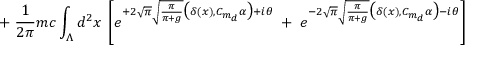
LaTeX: \; + \; \frac { 1 } { 2 \pi } m c \int _ { \Lambda } d ^ { 2 } x \; \left[ e ^ { + 2 \sqrt { \pi } \sqrt { \frac { \pi } { \pi + g } } \big ( \delta ( x ) , C _ { m _ { d } } \alpha \big ) + i \theta } \; + \; e ^ { - 2 \sqrt { \pi } \sqrt { \frac { \pi } { \pi + g } } \big ( \delta ( x ) , C _ { m _ { d } } \alpha \big ) - i \theta } \right]